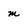
Character: m